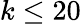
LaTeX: k\leq 20